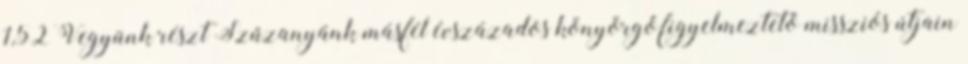
1,52 Vegyünk részt Szűzanyánk másfél évszázados könyörgő,figyelmeztető missziós útjain